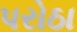
પરોઠા